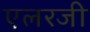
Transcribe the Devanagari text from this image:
एलरजी